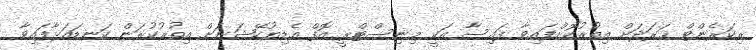
ރިކަރެންޓް ޚަރަދަށް އިތުރުކޮށްފައިވާ ފައިސާ އަކީ މިނިސްޓްރީ އޮފް އެޑިޔުކޭޝަނަށް އިތުރުކުރަން ކަނޑައަޅާފައިވާ